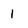
Character: 1